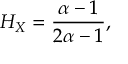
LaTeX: H _ { X } = { \frac { \alpha - 1 } { 2 \alpha - 1 } } ,